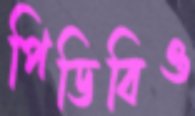
পিডিবিও